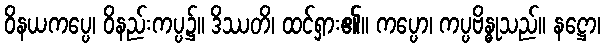
ဝိနယကပ္ပေ၊ ဝိနည်းကပ္ပ၌။ ဒိဿတိ၊ ထင်ရှား၏။ ကပ္ပော၊ ကပ္ပဗိန္ဓုသည်။ နဋ္ဌော၊